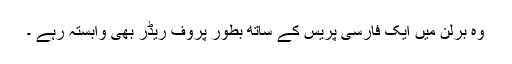
وہ برلن میں ایک فارسی پریس کے ساتھ بطور پروف ریڈر بھی وابستہ رہے ۔